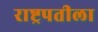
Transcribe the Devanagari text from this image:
राष्ट्रपतीला